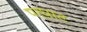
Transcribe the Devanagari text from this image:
पर्घाट